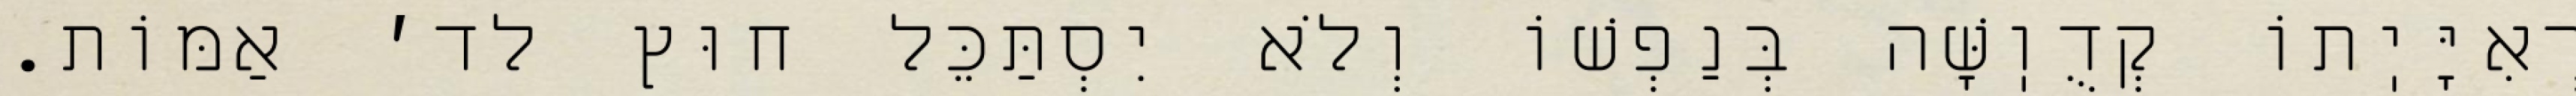
רְאִיָּיֽתוֹ קְדֻוֽשָּׁה בְּנַפְשׁוֹ וְלֹא יִסְתַּכֵּל חוּץ לד׳ אַמּוֹת.